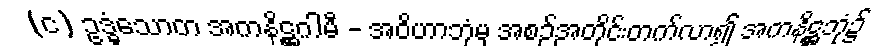
(င) ဥဒ္ဓံသောတ အကနိဋ္ဌဂါမီ - အဝိဟာဘုံမှ အစဉ်အတိုင်းတက်လာ၍ အကနိဋ္ဌဘုံ၌